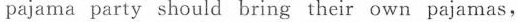
pajama party should bring their own pajamas,